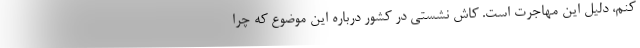
کنم، دلیل این مهاجرت است. کاش نشستی در کشور درباره این موضوع که چرا